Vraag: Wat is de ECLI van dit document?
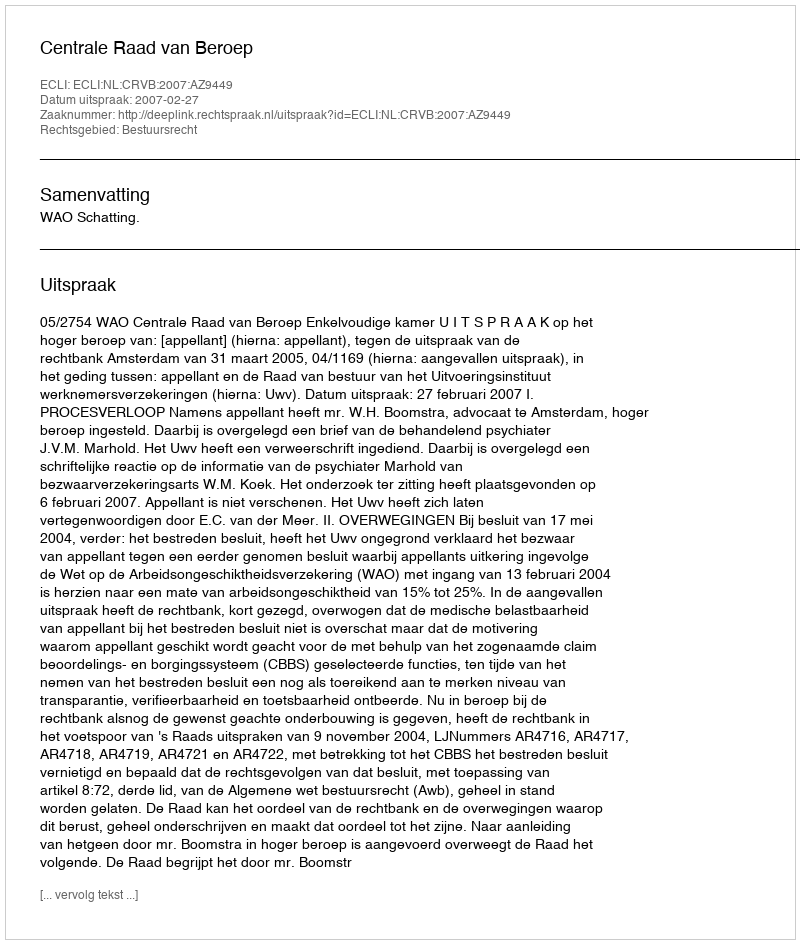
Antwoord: ECLI:NL:CRVB:2007:AZ9449